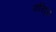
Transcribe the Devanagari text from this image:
फोरेट्स